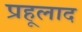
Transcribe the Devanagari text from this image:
प्रहूलाद